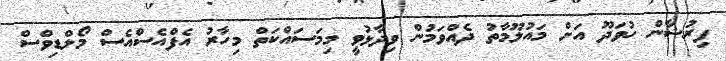
ފިރުޝާން ހުވަދޫ އަށް މައުލޫމާތު ދެއްވަމުން ވިދާޅުވީ މިމަސައްކަތް މިހާރު އެފްއެސްއެސް މޯލްޑިވްސް